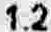
1.2